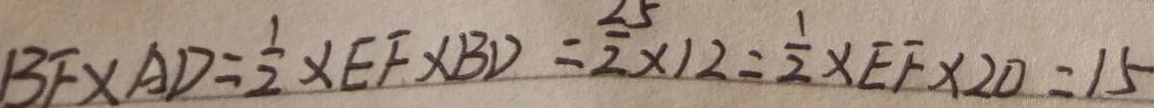
B E \times A D = \frac { 1 } { 2 } \times E F \times B D = \frac { 2 5 } { 2 } \times 1 2 = \frac { 1 } { 2 } \times E F \times 2 0 = 1 5